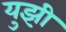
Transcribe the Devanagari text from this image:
युझी